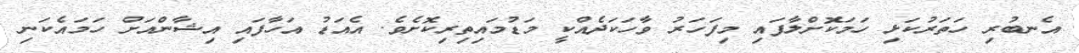
އެނބުރި ހަތަރުކަޅި ހަމަކޮށްލާފައި މިފަހަރު ވާހަކަދެއްކީ މަޑުމައިތިރިކޮށެވެ. އެއަޑު އަހާފައި އިޝާންއަށް ހަމައެކަނި